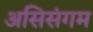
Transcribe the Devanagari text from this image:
असिसंगम